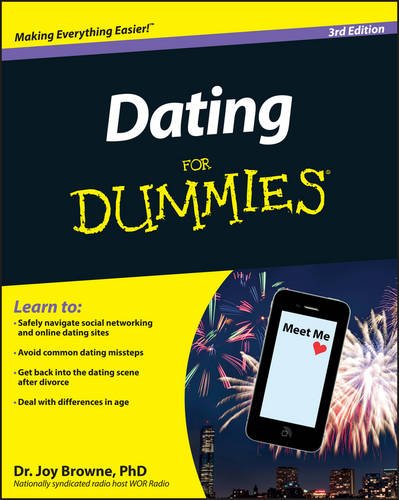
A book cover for Dating For Dummies; Joy Browne; Self-Help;